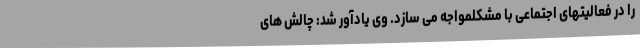
را در فعالیتهای اجتماعی با مشکلمواجه می سازد. وی یادآور شد: چالش های